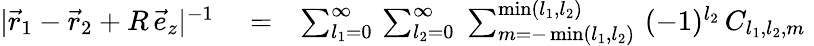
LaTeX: \begin{array}{rlr}{|\vec{r}_{1}-\vec{r}_{2}+R\, \vec{e}_{z}|^{-1}}&{{}=}&{\sum_{l_{1}=0}^{\infty}\, \sum_{l_{2}=0}^{\infty}\; \sum_{m=-\operatorname*{min}(l_{1},l_{2})}^{\operatorname*{min}(l_{1},l_{2})}\, \, (-1)^{l_{2}}\, C_{l_{1},l_{2},m}\; }\end{array}